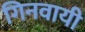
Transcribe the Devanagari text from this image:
गिनवायी